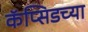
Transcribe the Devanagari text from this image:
कॅप्सिडच्या